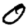
Digit: 0